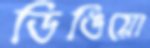
ডিঙিয়ো